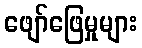
ဖျော်ဖြေမှုများ